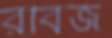
রবিজ